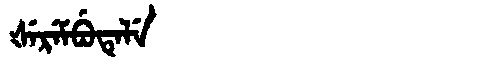
Manchu: ᡧᡝᡵᡝᠮᠪᡠᡨᡝᠯᡝ
Romanization: ŠEREMBUTELE